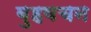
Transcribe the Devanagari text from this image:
बुहवचन